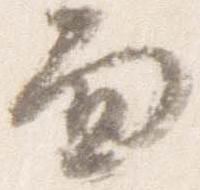
面